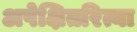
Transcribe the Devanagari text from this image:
अपेक्षितरित्या